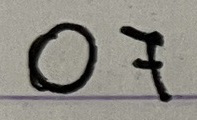
07